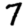
Digit: 7